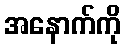
အနောက်ကို